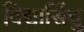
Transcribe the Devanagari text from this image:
विद्यासिंधु